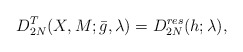
\begin{align*} D_{2N}^T(X,M;\bar{g},\lambda)=D^{res}_{2N}(h; \lambda),\end{align*}